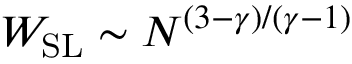
W _ { \mathrm { S L } } \sim N ^ { ( 3 - \gamma ) / ( \gamma - 1 ) }